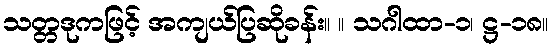
သတ္တဒုကဖြင့် အကျယ်ပြဆိုခန်း။ ။ သဂါထာ-၁၊ ဋ္ဌ-၁၈။